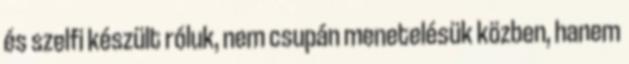
és szelfi készült róluk, nem csupán menetelésük közben, hanem